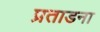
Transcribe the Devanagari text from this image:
प्रताडना